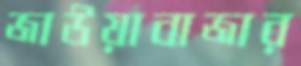
জাউয়াবাজার